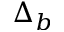
\Delta _ { b }